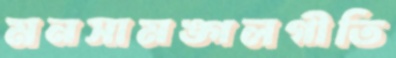
মনসামঙ্গলগীতি